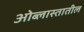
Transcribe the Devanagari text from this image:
ओब्लास्तातील